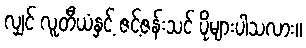
လျှင် လူတီယံနှင့် ဇင့်ဇန်းသင် ပိုများပါသလား။